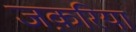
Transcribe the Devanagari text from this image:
जक़रिया